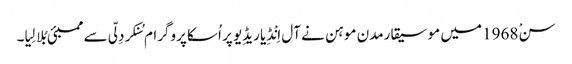
سنْ 1968 میں موسیقارمدن موہن نے آل اِنْڈِیا ریڈِیو پر اُسکا پروگرام سُنکر دِلّی سے ممبئی بُلا لِیا۔